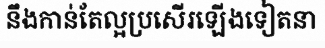
នឹងកាន់តែល្អប្រសើរឡើងទៀតនា